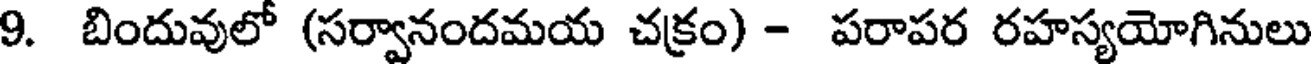
9. బిందువులో (సర్వానందమయ చక్రం) - పరాపర రహస్యయోగినులు